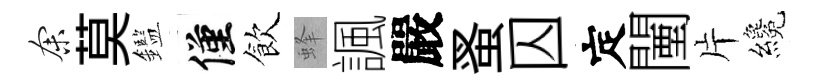
余莫鑑僅飲蜂諷嚴蚤囚定闉片纔